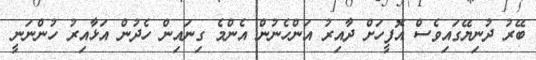
ބޭރު ދުނިޔޭގައިވެސް އޮފީހަށް ދާއިރު އަންހެނުން އެންމެ ގިނައިން ހެދުން އަޅާއިރު ހުންނަނީ